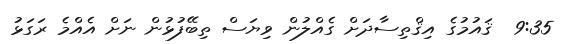
9:35  ޤައުމުގެ އިޤްތިސާދަށް ގެއްލުން ވިޔަސް ތިބޭފުޅުން ނަަށް އެއްމެ ރަގަޅު